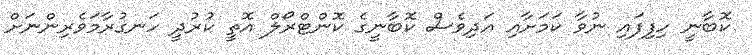
ކޮބާނީ ހިފިފައި ނުވާ ކަމަށާއި އަދިވެސް ކޮބާނީގެ ކޮންޓްރޯލް އޮތީ ކުރުދީ ހަނގުރާމަވެރިންނަށް